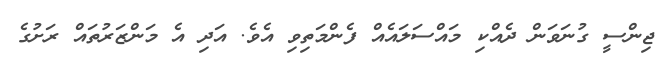
ޖިންސީ ގުނަވަން ދެއްކި މައްސަލައެއް ފެންމަތިވި އެވެ. އަދި އެ މަންޒަރުތައް ރަށުގެ